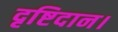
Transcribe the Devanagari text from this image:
दृष्टिदान।